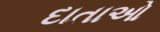
દાતાઓ